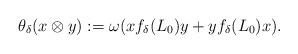
LaTeX: \begin{align*} \theta_\delta(x\otimes y) := \omega( x f_\delta(L_0) y + y f_\delta(L_0) x).\end{align*}